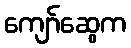
ကျော်ဆွေက